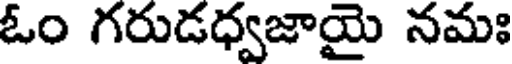
ఓం గరుడధ్వజాయై నమః